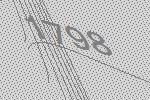
1798